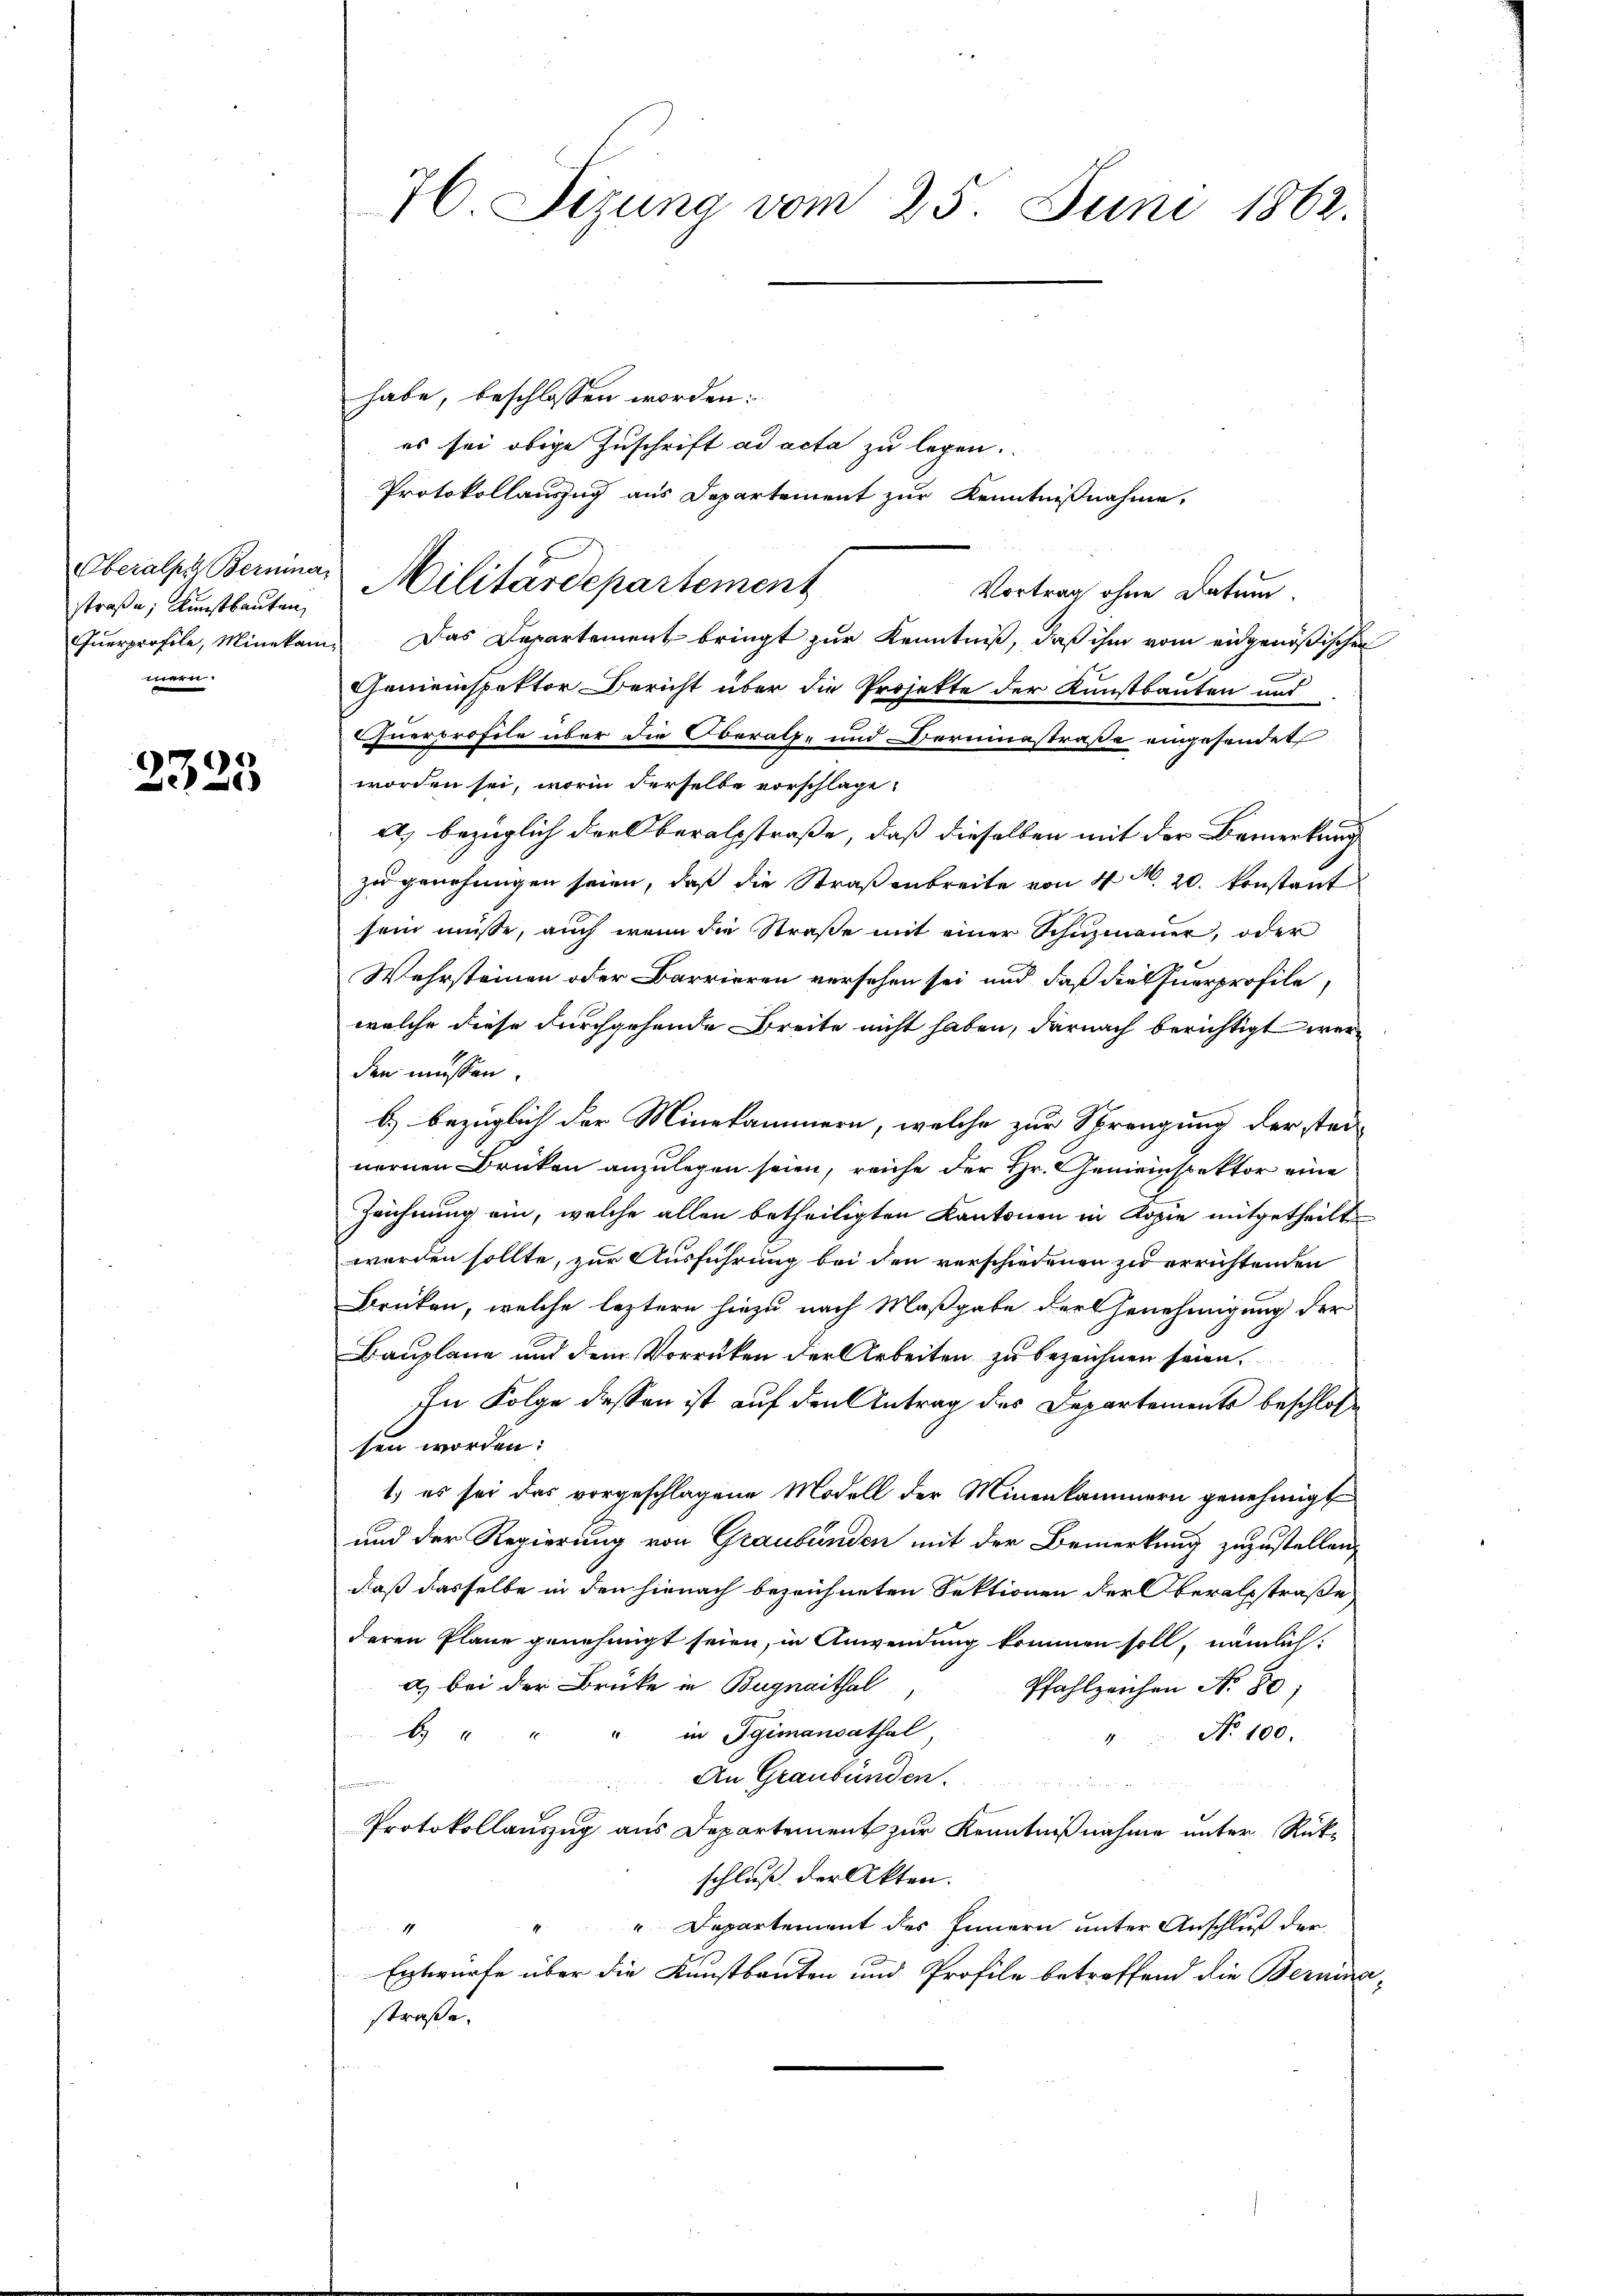
straße; Kunstbauten,
mern.

2323

habe, beschlossen worden:
es sei obige Zuschrift ad acta zu legen.
Protokollauszug aus Departement zur Kenntnißnahme.
Vortrag ohne Datum.
Querprofile, Minekam. Das Departement bringt zur Kenntniß, daß ihm vom eidgenößischen
Gemeinspektor Bericht über die Projekte der Kunstbauten und
uerprofile über die Oberal- und Berminestraße eingesendet
worden sei, worin derselbe vorschlage,
A.) bezüglich der Oberalsstraße, daß dieselben mit der Bemerkung
zu genehmigen seien, daß die Straßenbreite von 4 M. 20. konstant
sein müsse, auch wenn die Straβe mit einer Schŭzmauer, oder
Wehrsteinen oder Barrieren versehen sei und daß die Querprofile,
welche diese durchgehende Breite nicht haben, darnach berichtigt werden müssen.
b.) bezüglich der Minekammern, welche zur Sprengung der stei-
nernen Druken anzulegen seien, reiche der Hr. Gemeinspektor eine
Zeichnung ein, welche allen betheiligten Kantonen in Kopie mitgetheilt
worden sollte, zur Ausführung bei den verschiedenen zu errichtenden
Brüken, welche leztern hiezu nach Maßgabe der Genehmigung der
Bauplane und dem Vorrücken der Arbeiten zu bezeichnen seien.
In Folge dessen ist auf den Antrag des Departements beschloße
sen worden:
1) es sei das vorgeschlagene Modell der Minenkammern genehmigt
und der Regierung von Graubünden mit der Bemerkung zuzustellen,
daß dasselbe in den hienach bezeichneten Sektionen der Oberalsstraße
deren Plane genehmigt seien, in Anwendung kommen soll, nämlich:
a) bei der Brüke in Bugnaithal
Pfahlzeichen No 80;
 " " " in Igimansathal,
"" No 100.
An Graubünden.

Protokollauszug aus Departement zur Kenntnißnahme unter Rückschluß der Akten.
"Departement des Innern unter Anschluß der
1
Entwürfe über die Kunstbauten und Profile betreffend die Berninastraße.

76 Sizung vom 25. Juni 1862.

Oberalpe Bernina Militärdepartement